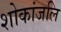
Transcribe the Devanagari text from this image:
शोकांजलि